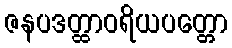
ဇနပဒတ္ထာဝရိယပတ္တော